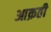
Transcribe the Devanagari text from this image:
आक्रती